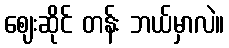
ဈေးဆိုင် တန်း ဘယ်မှာလဲ။